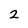
Character: 2